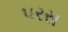
પરસ